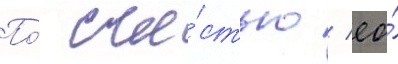
По́ сча́стью / ео́